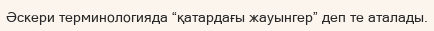
Әскери терминологияда “қатардағы жауынгер” деп те аталады.